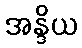
အန္ဒိယ